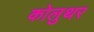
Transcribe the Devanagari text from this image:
कोलुथर